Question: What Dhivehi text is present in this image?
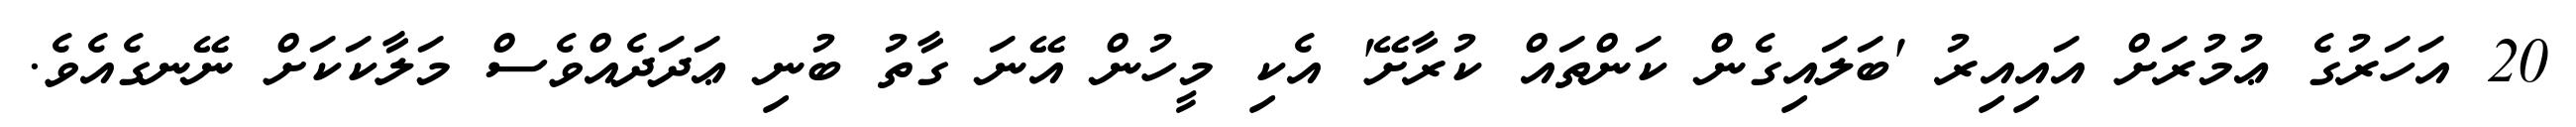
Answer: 20 އަހަރުގެ ޢުމުރަށް އައިއިރު 'ބަލައިގެން ކަންތައް ކުރާށޭ' އެކި މީހުން އޭނަ ގާތު ބުނި ޢަދަދެއްވެސް މަލާކަކަށް ނޭނގެއެވެ.